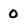
Character: 0